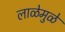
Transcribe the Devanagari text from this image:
लाळेमुळे